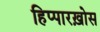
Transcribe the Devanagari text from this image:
हिप्पारख़ोस